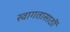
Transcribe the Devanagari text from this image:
स्वागतासाठीं